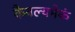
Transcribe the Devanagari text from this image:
कैवल्यमेकं